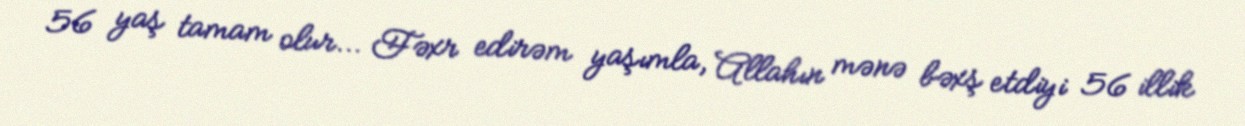
56 yaş tamam olur... Fəxr edirəm yaşımla, Allahın mənə bəxş etdiyi 56 illik